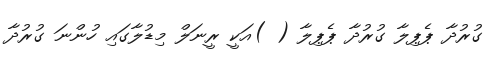
ގުރުދާ ޕެޕިލާ ގުރުދާ ޕެޕިލާ ( )އަކީ ރީނަލް މިޑުލާގައި ހުންނަ ގުރުދާ